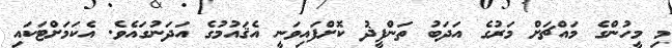
މި މީހުންގެ މައްޗަށް މަރުގެ އަދަބު ތަންފީޛު ކޮށްފައިވަނީ އެޤައުމުގެ އަދަނުގައެވެ. އެކަމަށްޓަކައި